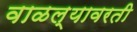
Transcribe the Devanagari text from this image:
वाळल्यावरती